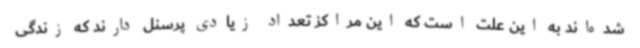
شده‌اند به این علت است که این مراکز تعداد زیادی پرسنل دارند که زندگی